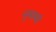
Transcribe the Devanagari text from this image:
नुमायां